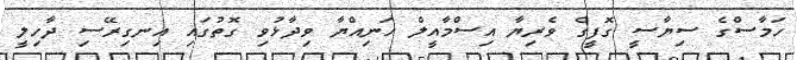
ހަމާސްގެ ސިޔާސީ ގޮފީގެ ވެރިޔާ އިސްމާއީލް ހަނިއްޔާ ވިދާޅުވި ގޮތުގައި އިނގިރޭސި ދާހިލީ